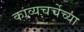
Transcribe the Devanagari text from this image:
काव्यचर्चेच्या